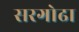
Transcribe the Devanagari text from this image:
सरगोढा